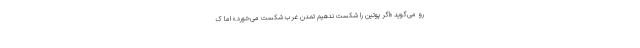
رو می‌گوید «اگر پوتین را شکست ندهیم تمدن غرب شکست می‌خورد.» اما ک